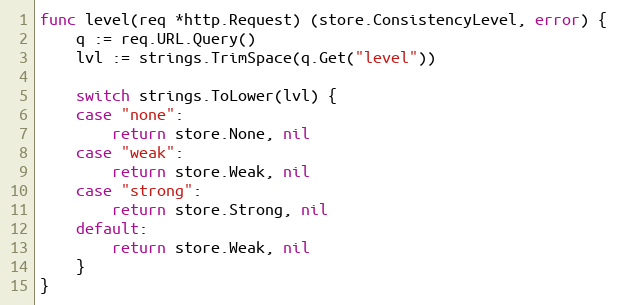
Language: Go
func level(req *http.Request) (store.ConsistencyLevel, error) {
	q := req.URL.Query()
	lvl := strings.TrimSpace(q.Get("level"))

	switch strings.ToLower(lvl) {
	case "none":
		return store.None, nil
	case "weak":
		return store.Weak, nil
	case "strong":
		return store.Strong, nil
	default:
		return store.Weak, nil
	}
}